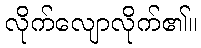
လိုက်လျောလိုက်၏။